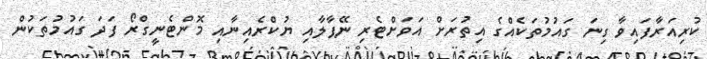
ކުރިއަރާފައިވާ ގިނަ ގައުމުތަކެއްގެ އިތުރަށް އަވަށްޓެރި ނޭޕާލާއި ޔުކްރެއިނާއި މޮންޓެނީގްރޯ ފަދަ ގައުމުތަކުން